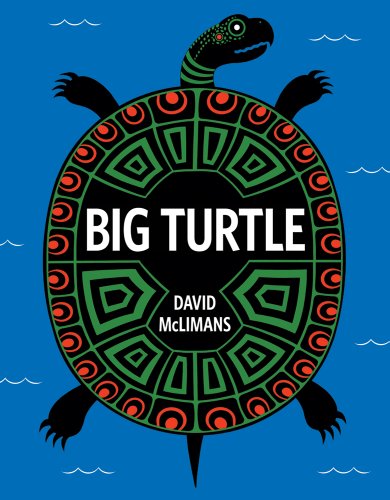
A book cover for Big Turtle; David McLimans; Children's Books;